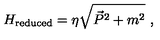
H _ { \mathrm { r e d u c e d } } = \eta \sqrt { \vec { P } ^ { 2 } + m ^ { 2 } } \ ,